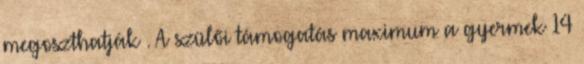
megoszthatják . A szülői támogatás maximum a gyermek 14